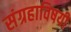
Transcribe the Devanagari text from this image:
संग्रहाविषयी